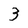
Character: 3